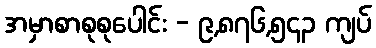
အမှာစာစုစုပေါင်း - ၉,၈၇၆,၅၄၃ ကျပ်